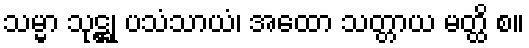
သမ္မာ သုဋ္ဌု ပသံသာယံ၊ အထော သတ္တာယ မတ္ထိ စ။